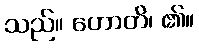
သည်။ ဟောတိ၊ ၏။